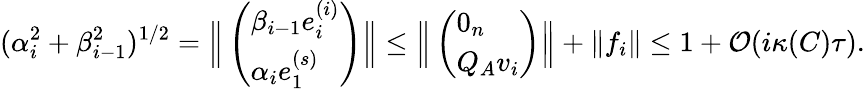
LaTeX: (\alpha_{i}^{2}+\beta_{i-1}^{2})^{1/2}=\Big\| \left(\begin{array}{l}{\beta_{i-1}e_{i}^{(i)}}\\ {\alpha_{i}e_{1}^{(s)}}\end{array}\right)\Big\| \leq\Big\| \left(\begin{array}{l}{0_{n}}\\ {Q_{A}v_{i}}\end{array}\right)\Big\| +\| f_{i}\| \leq 1+\mathcal{O}(i\kappa(C)\tau).